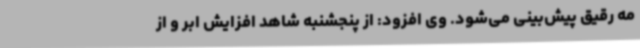
مه رقیق پیش‌بینی می‌شود. وی افزود: از پنجشنبه شاهد افزایش ابر و از